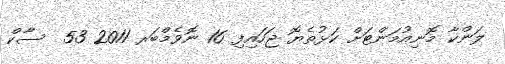
ލަންކާ މޮނިއުމަންޓަށް ކަޅުތެޔޮ ޖަހައިފި 16 ނޮވެމްބަރ 2011 53  ސާކް